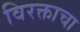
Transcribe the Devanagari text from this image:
विरक्ताचा